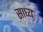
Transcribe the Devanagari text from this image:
साघ्य